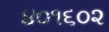
૪૦૧૬૦૨